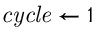
\mathit { c y c l e } \gets 1